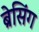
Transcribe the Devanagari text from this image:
ब्रेसिंग